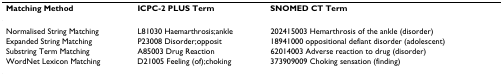
| Matching Method | ICPC-2 PLUS Term | SNOMED CT Term |
 | --- | --- | --- |
 | Normalised String Matching | L81030 Haemarthrosis;ankle | 202415003 Hemarthrosis of the ankle (disorder) |
 | Expanded String Matching | P23008 Disorder;opposit | 18941000 oppositional defiant disorder (adolescent) |
 | Substring Term Matching | A85003 Drug Reaction | 62014003 Adverse reaction to drug (disorder) |
 | WordNet Lexicon Matching | D21005 Feeling (of);choking | 373909009 Choking sensation (finding) |